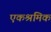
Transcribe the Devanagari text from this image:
एकश्रमिक